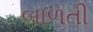
બાળતી